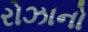
રોઝાનો